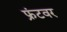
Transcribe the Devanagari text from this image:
फ्रंटवर